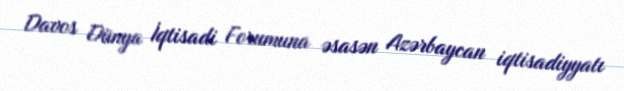
Davos Dünya İqtisadi Forumuna əsasən Azərbaycan iqtisadiyyatı